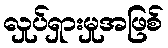
လှုပ်ရှားမှုအဖြစ်